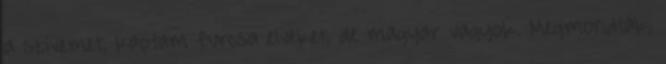
a szívemet, kaptam furcsa elveket, de magyar vagyok. Megmondták,